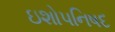
ઇશોપનિષદ